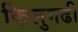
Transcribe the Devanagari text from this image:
किलुगढी